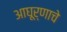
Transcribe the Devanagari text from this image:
आघूर्णाचे